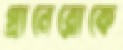
গ্রানেরোকে